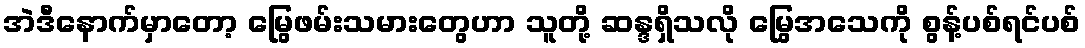
အဲဒီနောက်မှာတော့ မြွေဖမ်းသမားတွေဟာ သူတို့ ဆန္ဒရှိသလို မြွေအသေကို စွန့်ပစ်ရင်ပစ်